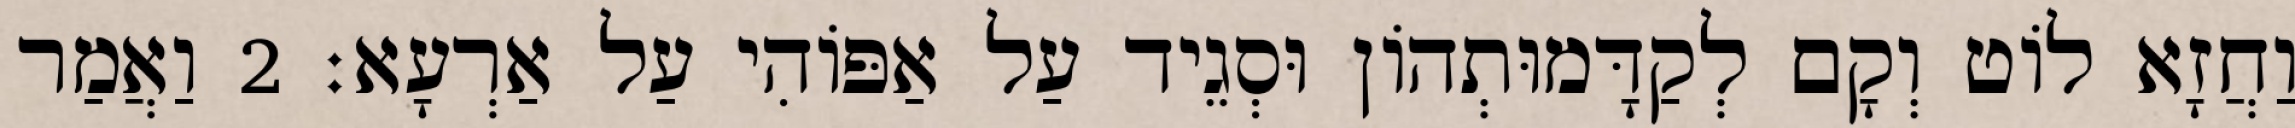
וַחֲזָא לוֹט וְקָם לְקַדָּמוּתְהוֹן וּסְגֵיד עַל אַפּוֹהִי עַל אַרְעָא׃ 2 וַאֲמַר